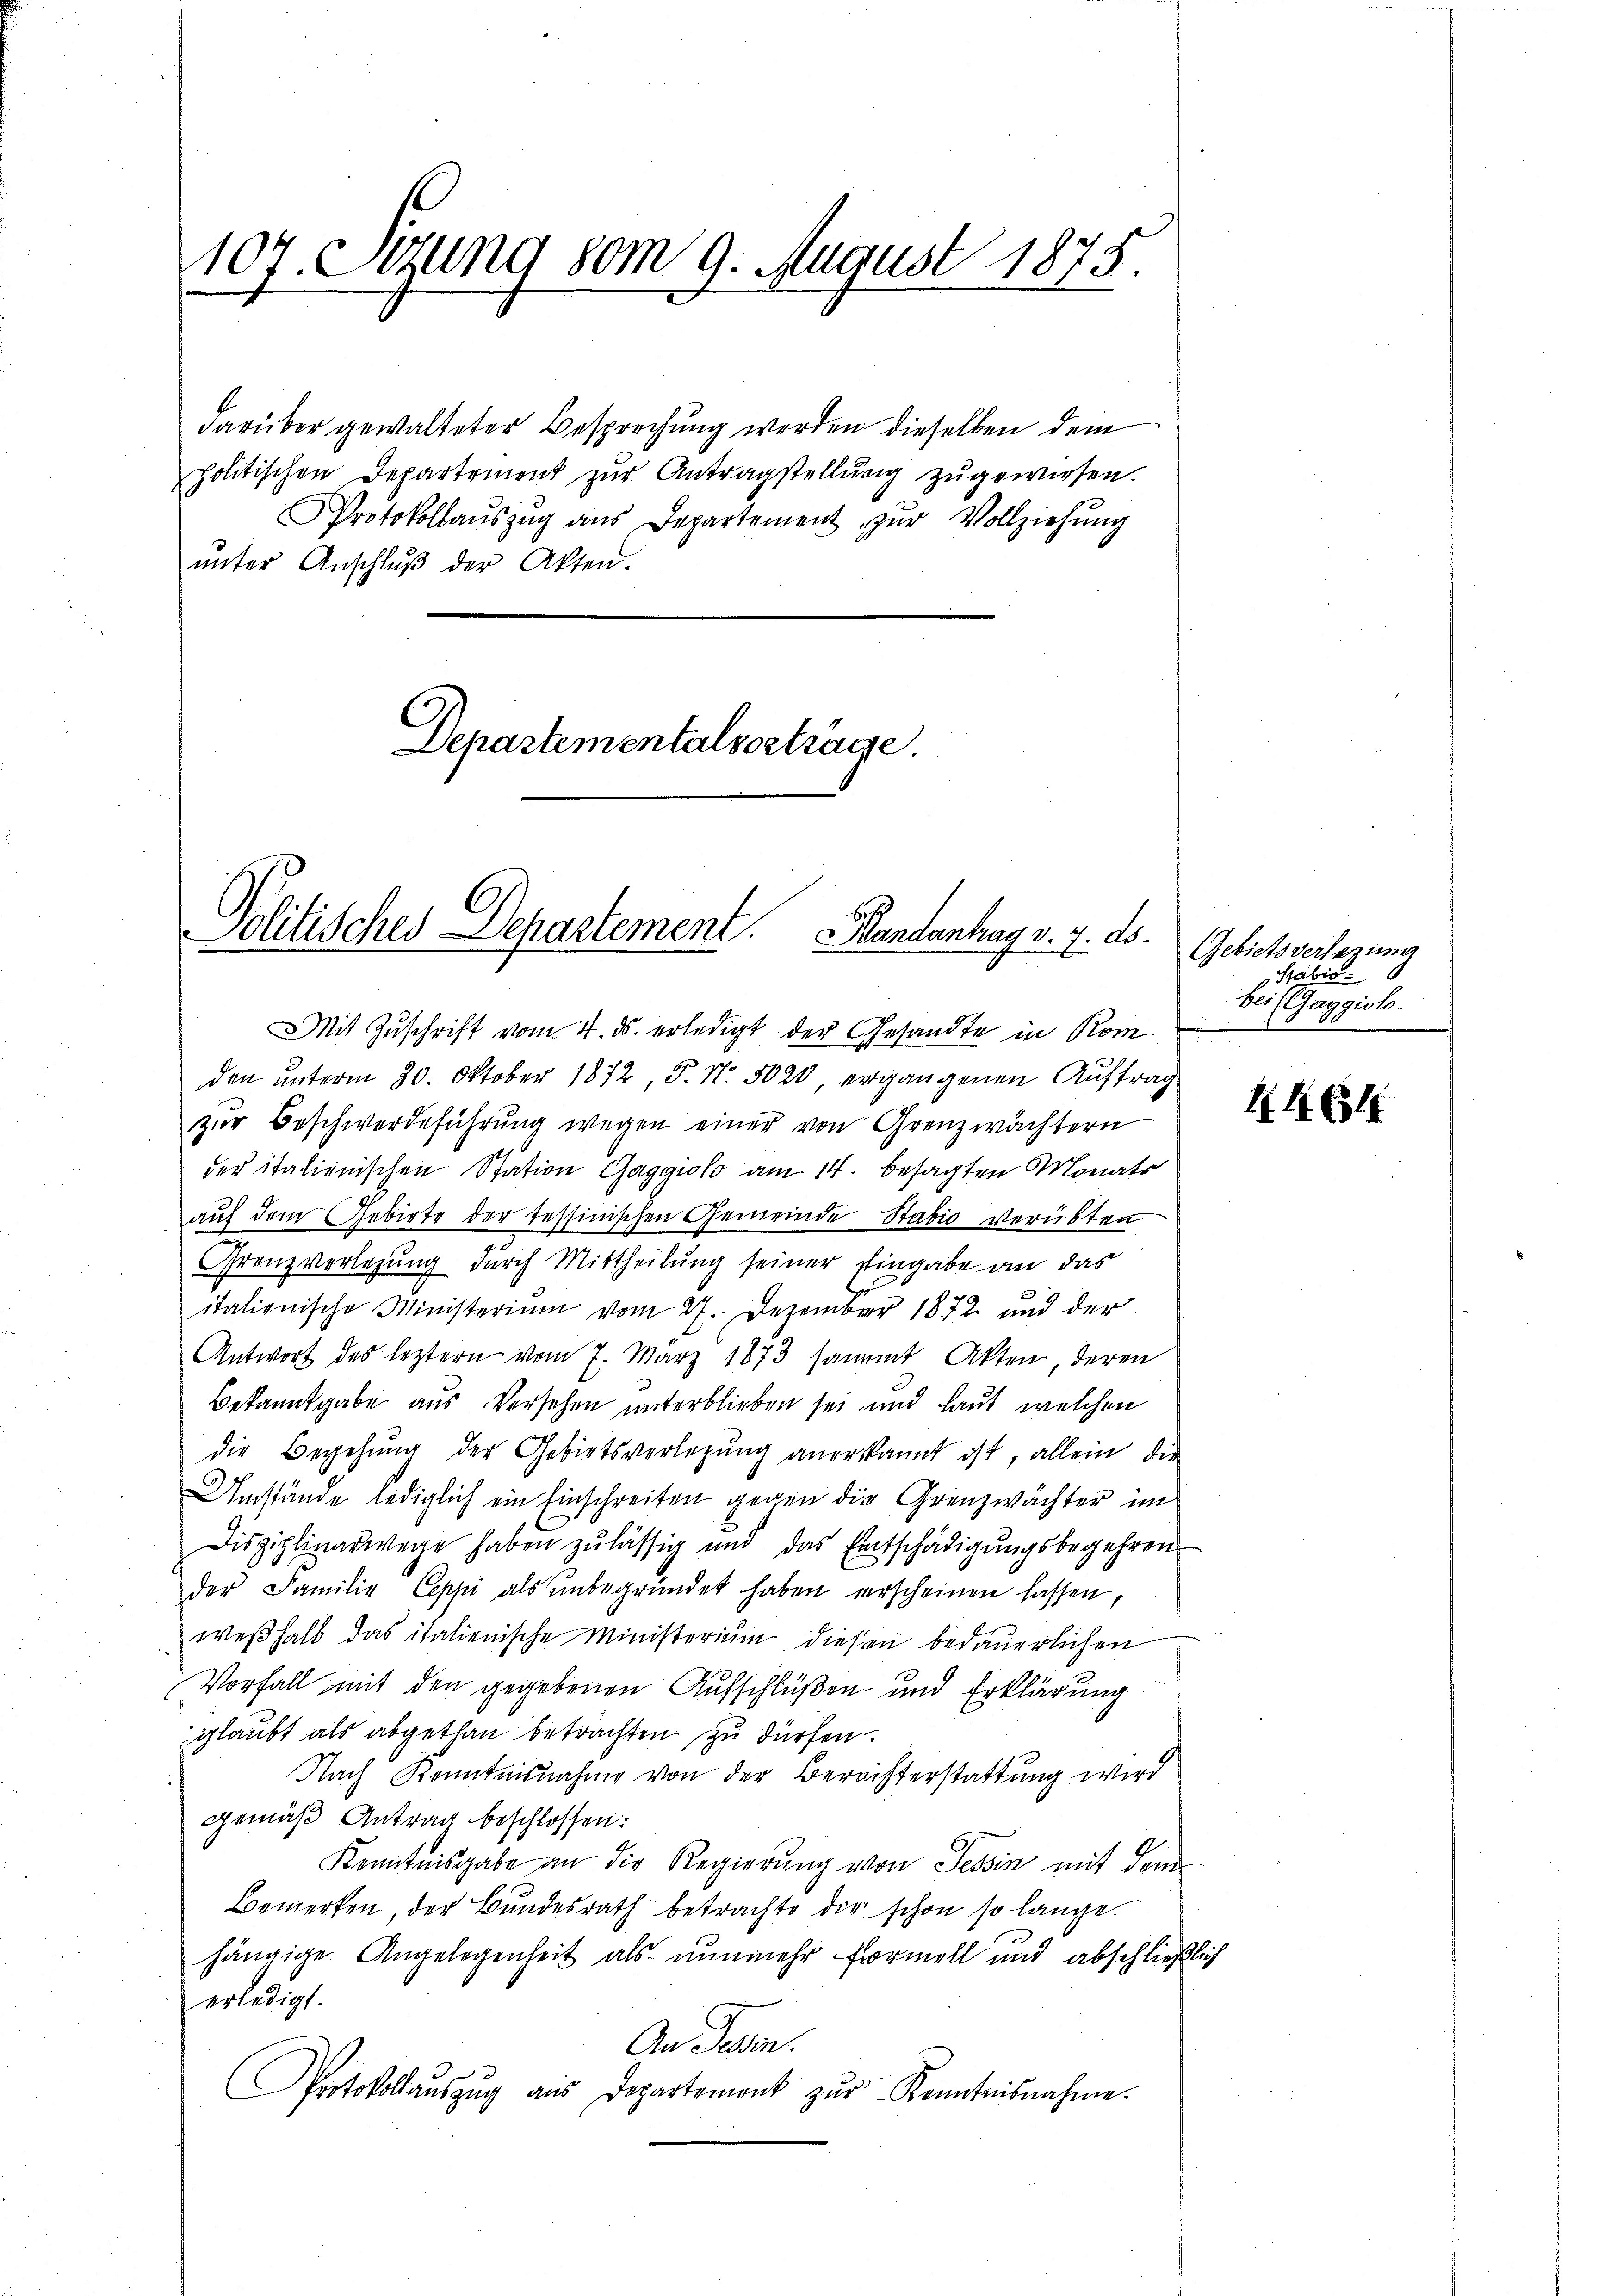
107. Sitzung vom 9. August 1875.

darüber gewalteter Besprechung werden dieselben dem
politischen Departement zur Antragstellung zugewiesen.
Protokollaŭszŭg aŭs Departement zŭr Vollziehŭng
ŭnter Anschlŭβ der Akten.

Departementalverträge

Mit Zuschrift vom 4. ds. erledigt der Gesandte in Kom
den unterm 30. Oktober 1872 P. N. 5020 ergangenen Auftrag
zur Beschwerdeführŭng wegen einer von Grenzwächtern
der italienischen Station Gaggiolo am 14. besagten Monats
aŭf dem Gebiete der tessinischen Gemeinde Stabić verübten
Grenzverlegung durch Mittheilung seiner Eingabe an das
italionische Ministerium vom 27. Dezember 1872 und der
Antwort des leztern vom 7. März 1873 sammt Akten deren
Bekanntgabe aus Versehen unterblieben sei und laut welchen
die Begehŭng der Gebietsverlegŭng anerkannt ist, allein die
Umstände lediglich ein Einschreiten gegen die Grenzwächter im
Disziplinarwege haben zulässig und das Entschädigŭngsbegehren
der Familie Coppi als ŭnbegründet haben erscheinen lassen,
weßhalb das italienische Ministerium diesen bedauerlichen
Vorfall mit den gegebenen Aufschlüßen und Erklärung
glaubt als abgethan betrachten zu dürfen.
Nach Kenntnisnahme von der Berechterstattung wird
gemäß Antrag beschlossen:
Kenntnisgabe an die Regierung von Tessin mit dem
Bemerken, der Bundesrath betrachte dir schon so lange.
hängige Angelegenheit als nunmehr formell und abschließlich
erledigt.
An Desen.
Protokollauszug aus Departement zŭr Kenntnisnahme.

Politisches Departement. Handantag v. 7. ds.

Gebietsversezung
Stabis 6
bei (Gaggiob.

1461